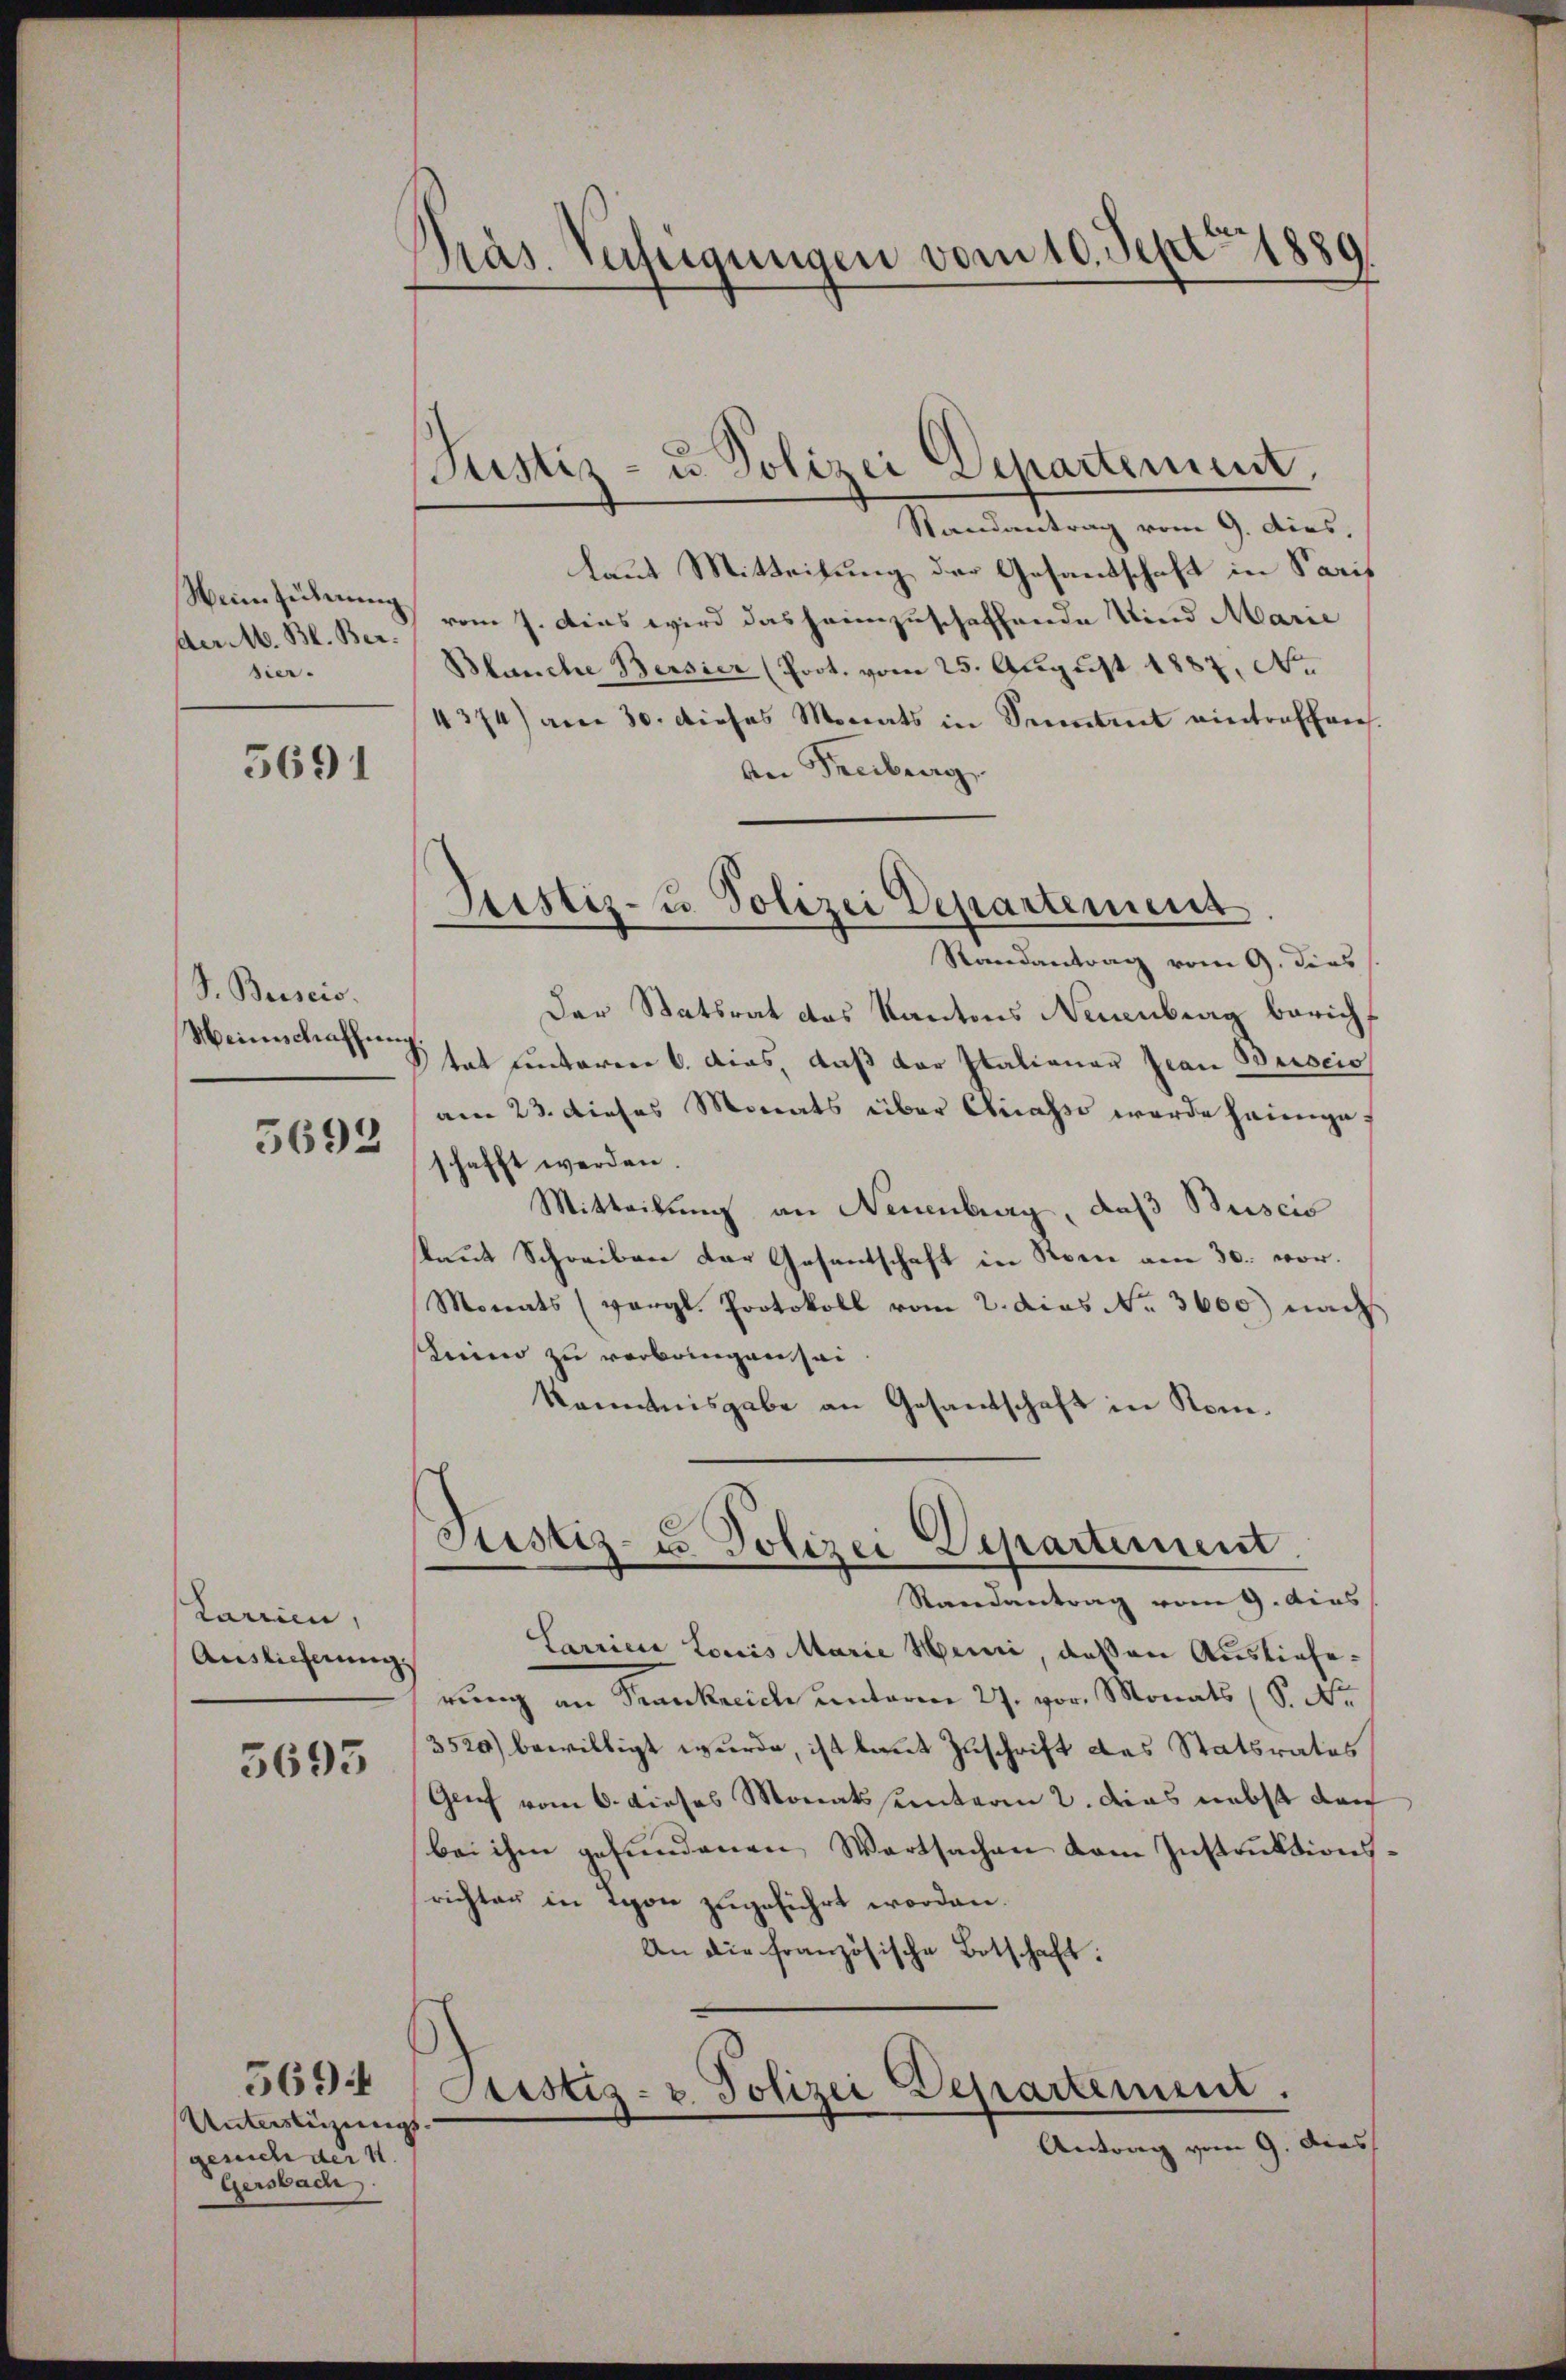
Präs. Verfeigungen vom 10. Sept. 1889

Justiz- u. Polizei Departement,

Randantrag vom 9. dies,
laut Mitteilung der Gesandschaft in Paris
vom 7. Aus wird das heimzuschaffende Kind Marie
Blanche Bersier (Prot. vom 25. August 1887, No.
4374) am 30. dieses Monats in Seitet eintreffen.
vn Freiburg,
Randantrag vom 9. dies
Der Statsrat das Kantons Neuenburg bericht
tat unteren 6. dies, daß der Italianer Frau Buscio
am 23. dieses Monats über Chicasse werde heimge
schafft werden.
Mitteilung an Neuenburg, daß Buscis
laut Schreiben der Gesentschaft in Seen am 30. vor¬
Monats (vergl. Protokoll vom 2. dies No. 3600) nach
Lino zu verbringen sei
kenntnisgabe an Gesandschaft in Kom¬

Weinführung
der M. Bl. Bersier.

5691

Justiz- u. Polizei Departement

S. Beiseis.
Meinschaffung

5692

Justiz- u. Polizei Departement

Randantrag vom 9. dies
Larrien Louis Marie Heni, deßen Auslieferung an Frankreich unterm 27. vor. Monats (S. Nr.
3520) bewilligt wurde, ist laut Zuschrift des Statsrates
Genf vom 6. dieses Monatsunterm 2. dies nebst den
bei ihm gefundenen Wartsachen dem Instruktionsrichter in von zugeführt worden.
An die französische Botschaft:
Otistig- u. Polizei Departement.
Antrag vom 9. dies

Karrien,
Auslieferung.

5695

5694
Unterstüzungs |
gesuch der 4.
Gersbach